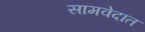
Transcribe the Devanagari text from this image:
सामवेदात